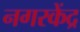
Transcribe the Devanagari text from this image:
नगरकेंद्र